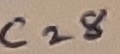
Text: C28